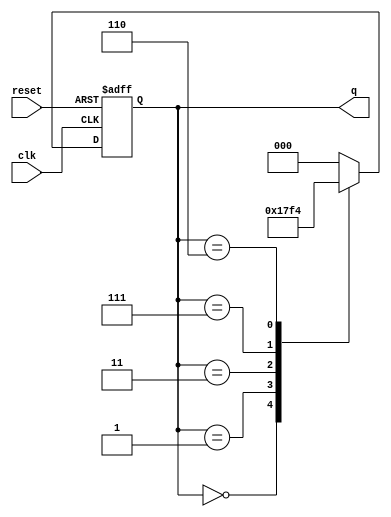
module ModifiedJohnsonCounter (
    input wire clk,       // Clock input
    input wire reset,     // Asynchronous reset
    output reg [2:0] q    // 3-bit output
);

    always @(posedge clk or posedge reset) begin
        if (reset) begin
            q <= 3'b000; // Reset state
        end else begin
            // Modified Johnson Counter state transition
            // Feedback from last flip-flop (inverted)
            case (q)
                3'b000: q <= 3'b001; // State 0 to State 1
                3'b001: q <= 3'b011; // State 1 to State 2
                3'b011: q <= 3'b111; // State 2 to State 3
                3'b111: q <= 3'b110; // State 3 to State 4
                3'b110: q <= 3'b100; // State 4 to State 5
                3'b100: q <= 3'b000; // State 5 back to State 0
                default: q <= 3'b000; // Default case (safety)
            endcase
        end
    end

endmodule